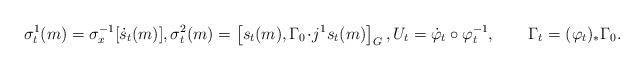
LaTeX: \begin{align*}\sigma_t^1(m)=\sigma_x^{-1}[\dot s_t(m)],\sigma_t^2(m)=\left[s_t(m),\Gamma_0\!\cdot\!j^1s_t(m)\right]_G,U_t=\dot\varphi_t\circ\varphi_t^{-1},\quad\quad\Gamma_t=(\varphi_t)_*\Gamma_0.\end{align*}